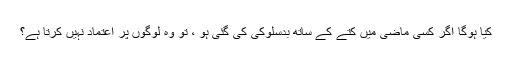
کیا ہوگا اگر کسی ماضی میں کتے کے ساتھ بدسلوکی کی گئی ہو ، تو وہ لوگوں پر اعتماد نہیں کرتا ہے؟